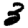
Digit: 3